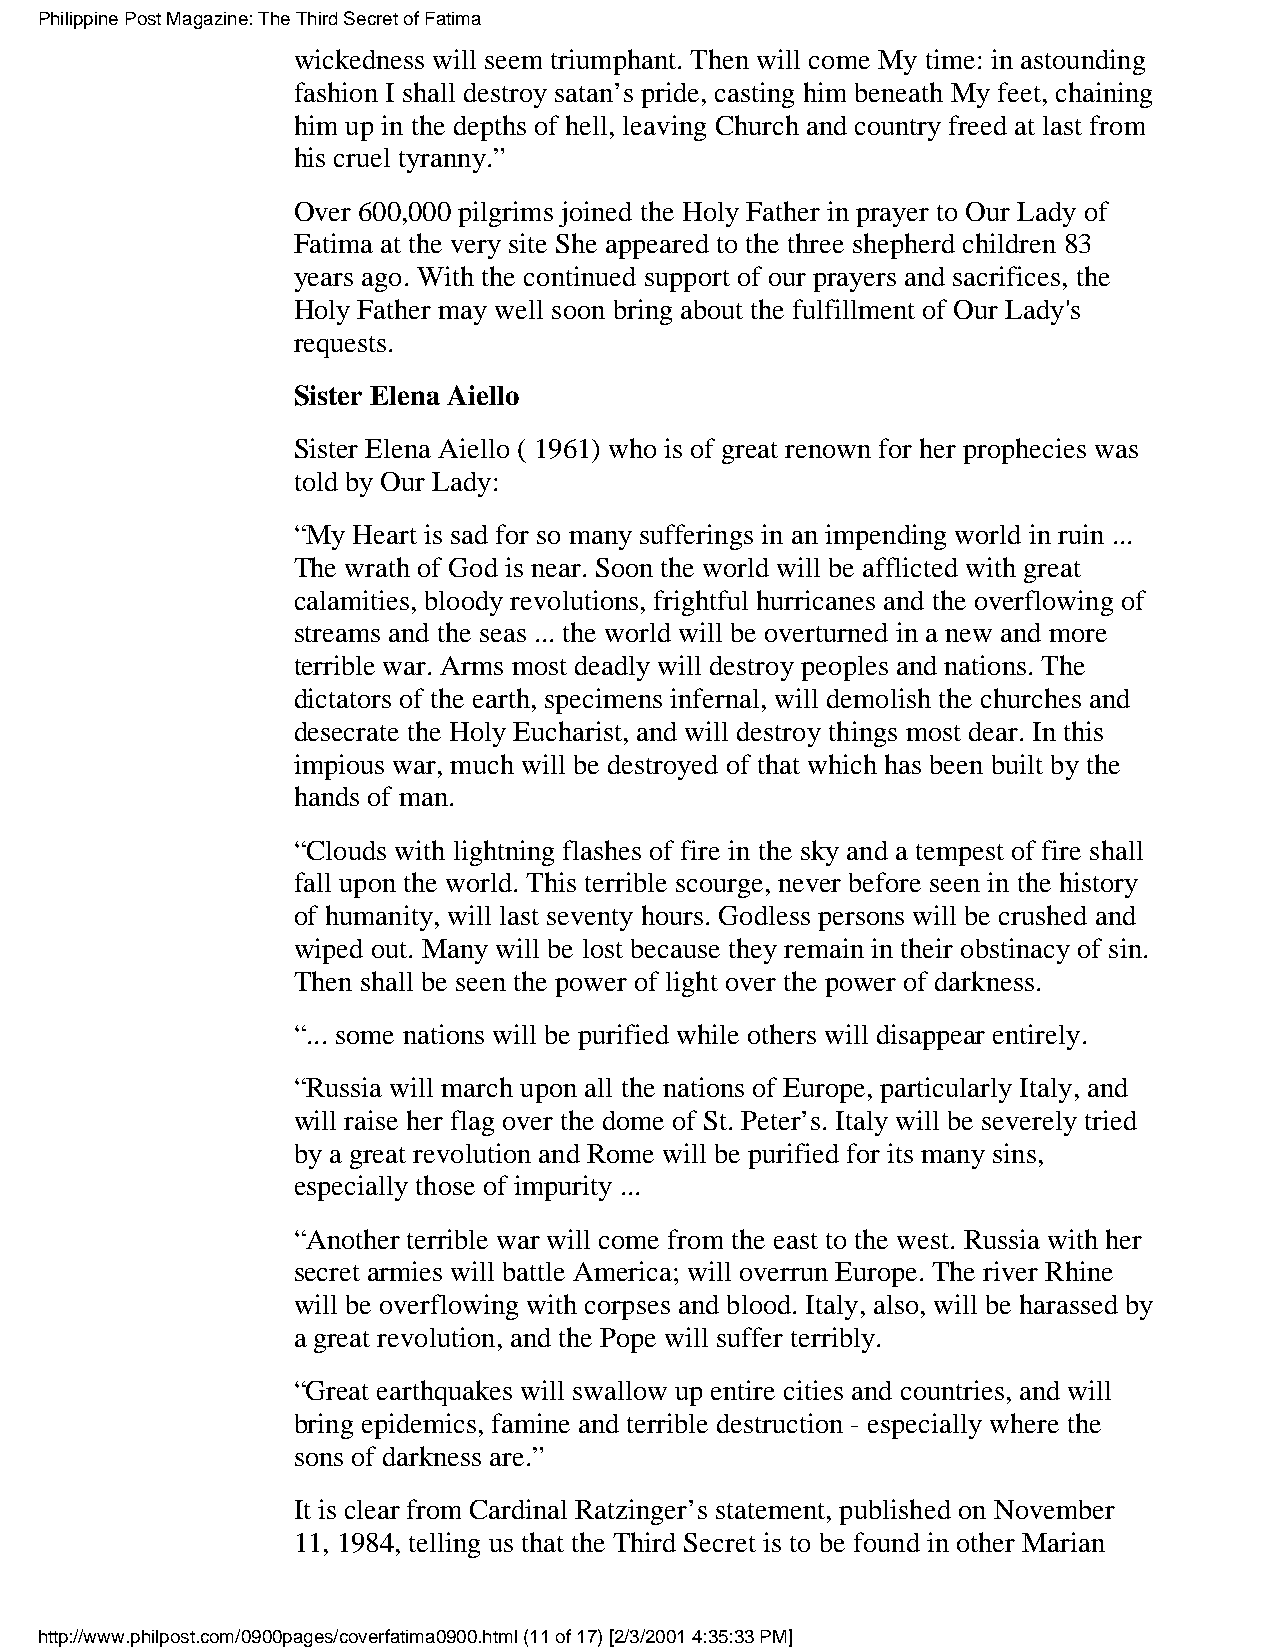
Philippine Post Magazine: The Third Secret of Fatima
 wickedness will seem triumphant. Then will come My time: in astounding
 fashion I shall destroy satan’s pride, casting him beneath My feet, chaining
 him up in the depths of hell, leaving Church and country freed at last from
 his cruel tyranny.”
 Over 600,000 pilgrims joined the Holy Father in prayer to Our Lady of
 Fatima at the very site She appeared to the three shepherd children 83
 years ago. With the continued support of our prayers and sacrifices, the
 Holy Father may well soon bring about the fulfillment of Our Lady's
 requests.
 Sister Elena Aiello
 Sister Elena Aiello ( 1961) who is of great renown for her prophecies was
 told by Our Lady:
 “My Heart is sad for so many sufferings in an impending world in ruin ...
 The wrath of God is near. Soon the world will be afflicted with great
 calamities, bloody revolutions, frightful hurricanes and the overflowing of
 streams and the seas ... the world will be overturned in a new and more
 terrible war. Arms most deadly will destroy peoples and nations. The
 dictators of the earth, specimens infernal, will demolish the churches and
 desecrate the Holy Eucharist, and will destroy things most dear. In this
 impious war, much will be destroyed of that which has been built by the
 hands of man.
 “Clouds with lightning flashes of fire in the sky and a tempest of fire shall
 fall upon the world. This terrible scourge, never before seen in the history
 of humanity, will last seventy hours. Godless persons will be crushed and
 wiped out. Many will be lost because they remain in their obstinacy of sin.
 Then shall be seen the power of light over the power of darkness.
 “... some nations will be purified while others will disappear entirely.
 “Russia will march upon all the nations of Europe, particularly Italy, and
 will raise her flag over the dome of St. Peter’s. Italy will be severely tried
 by a great revolution and Rome will be purified for its many sins,
 especially those of impurity ...
 “Another terrible war will come from the east to the west. Russia with her
 secret armies will battle America; will overrun Europe. The river Rhine
 will be overflowing with corpses and blood. Italy, also, will be harassed by
 a great revolution, and the Pope will suffer terribly.
 “Great earthquakes will swallow up entire cities and countries, and will
 bring epidemics, famine and terrible destruction - especially where the
 sons of darkness are.”
 It is clear from Cardinal Ratzinger’s statement, published on November
 11, 1984, telling us that the Third Secret is to be found in other Marian
 http://www.philpost.com/0900pages/coverfatima0900.html (11 of 17) [2/3/2001 4:35:33 PM]